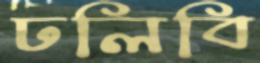
ঢলিবি